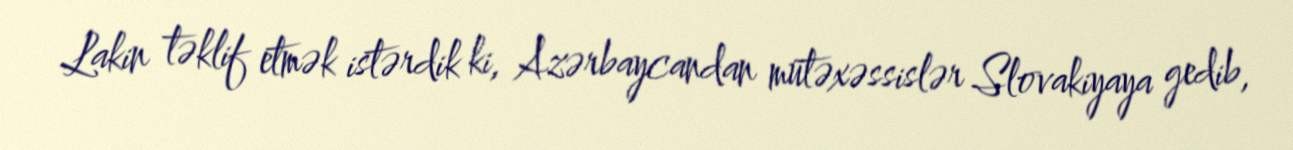
Lakin təklif etmək istərdik ki, Azərbaycandan mütəxəssislər Slovakiyaya gedib,